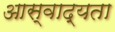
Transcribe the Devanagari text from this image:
आस्वाद्यता